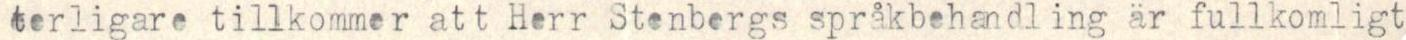
terligare tillkommer att Herr Stenbergs språkbehandling är fullkomligt